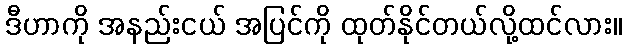
ဒီဟာကို အနည်းငယ် အပြင်ကို ထုတ်နိုင်တယ်လို့ထင်လား။